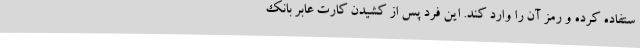
ستفاده کرده و رمز آن را وارد کند. این فرد پس از کشیدن کارت عابر بانک